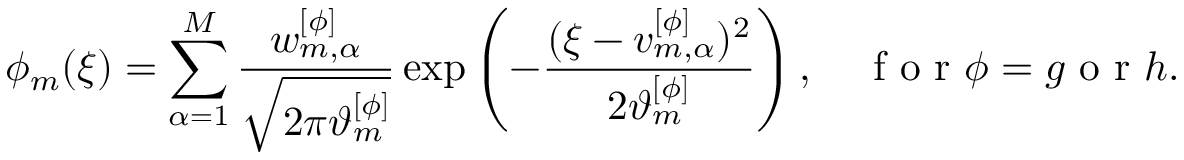
\phi _ { m } ( \xi ) = \sum _ { \alpha = 1 } ^ { M } \frac { w _ { m , \alpha } ^ { [ \phi ] } } { \sqrt { 2 \pi \vartheta _ { m } ^ { [ \phi ] } } } \exp \left( - \frac { ( \xi - v _ { m , \alpha } ^ { [ \phi ] } ) ^ { 2 } } { 2 \vartheta _ { m } ^ { [ \phi ] } } \right) , \quad \mathrm { ~ f ~ o ~ r ~ } \phi = g \mathrm { ~ o ~ r ~ } h .